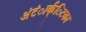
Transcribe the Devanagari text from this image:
अंंटंार्क्िटका